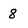
Character: 8